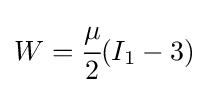
W={\cfrac {\mu }{2}}(I_{1}-3)